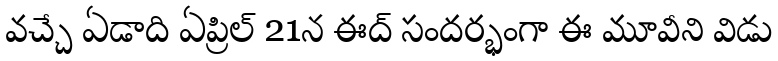
వచ్చే ఏడాది ఏప్రిల్ 21న ఈద్ సందర్భంగా ఈ మూవీని విడు